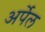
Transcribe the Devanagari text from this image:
अर्पेल